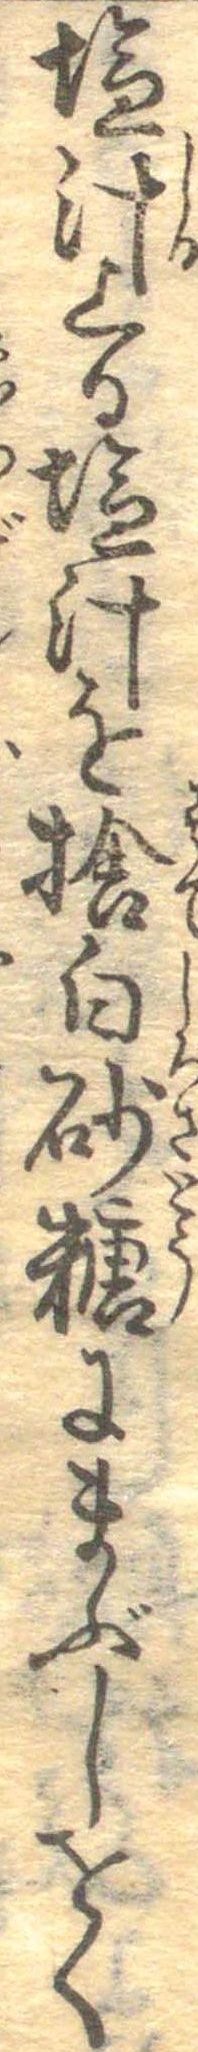
塩汁上る塩汁を捨白砂糖にまぶしをく